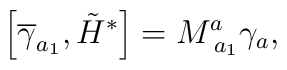
\left[ \overline{\gamma }_{a_1},\tilde H^{*}\right]=M_{\;a_1}^a\gamma _a,